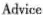
Advice